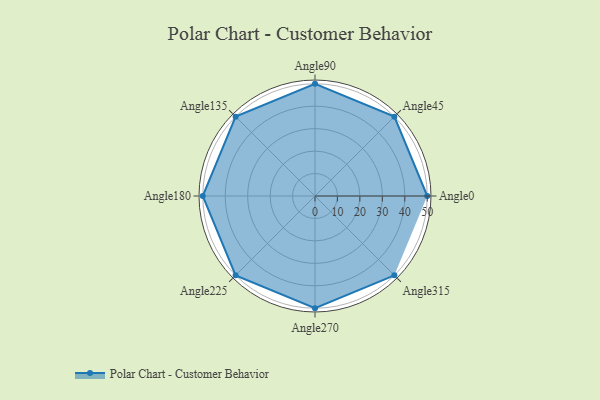
{"axis": {"x": "Angle", "y": "Radius"}, "legend": [""], "data": [{"x": "Angle0", "y": 50.0, "type": ""}, {"x": "Angle45", "y": 50, "type": ""}, {"x": "Angle90", "y": 50, "type": ""}, {"x": "Angle135", "y": 50, "type": ""}, {"x": "Angle180", "y": 50, "type": ""}, {"x": "Angle225", "y": 50, "type": ""}, {"x": "Angle270", "y": 50, "type": ""}, {"x": "Angle315", "y": 50, "type": ""}]}